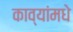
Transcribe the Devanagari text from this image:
काव्यांमधे